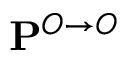
\mathbf { P } ^ { O \to O }